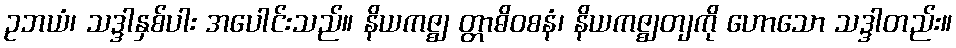
ဥဘယံ၊ သဒ္ဒါနှစ်ပါး အပေါင်းသည်။ နိယကဇ္ဈ တ္တာဓိဝစနံ၊ နိယကဇ္ဈတျကို ဟောသော သဒ္ဒါတည်း။